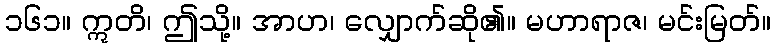
၁၆၁။ ဣတိ၊ ဤသို့။ အာဟ၊ လျှောက်ဆို၏။ မဟာရာဇ၊ မင်းမြတ်။